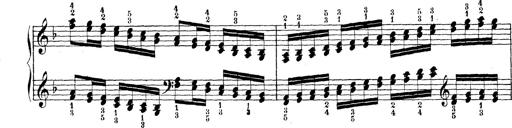
Title: Technische Studien
Composer: Franz Liszt